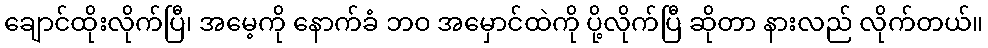
ချောင်ထိုးလိုက်ပြီ၊ အမေ့ကို နောက်ခံ ဘဝ အမှောင်ထဲကို ပို့လိုက်ပြီ ဆိုတာ နားလည် လိုက်တယ်။